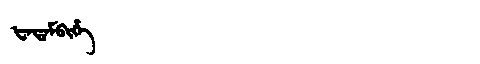
Manchu: ᡶᠠᡨᠠᠮᠪᡳᡥᡝ
Romanization: FATAMBIHE